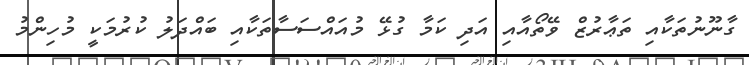
ގާނޫނުތަކާއި ތަޢާރުޒް ވޭތޯއާއި އަދި ކަމާ ގުޅޭ މުއައްސަސާތަކާއި ބައްދަލު ކުރުމަކީ މުހިންމު